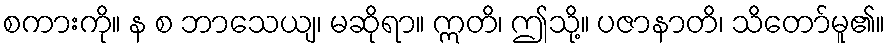
စကားကို။ န စ ဘာသေယျ၊ မဆိုရာ။ ဣတိ၊ ဤသို့။ ပဇာနာတိ၊ သိတော်မူ၏။